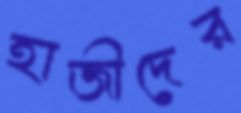
হাজীদের